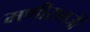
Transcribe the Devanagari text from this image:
मणीरामजी